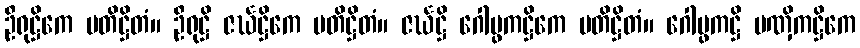
ဦရုဋ္ဌိကေ ပတိဋ္ဌိတံ။ ဦရုဋ္ဌိ ဇင်္ဃဋ္ဌိကေ ပတိဋ္ဌိတံ။ ဇင်္ဃဋ္ဌိ ဂေါပ္ဖကဋ္ဌိကေ ပတိဋ္ဌိတံ။ ဂေါပ္ဖကဋ္ဌိ ပဏှိကဋ္ဌိကေ